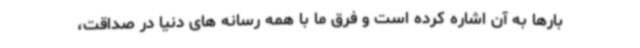
بارها به آن اشاره کرده است و فرق ما با همه رسانه های دنیا در صداقت،